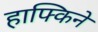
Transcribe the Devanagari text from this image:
हाफ्किने